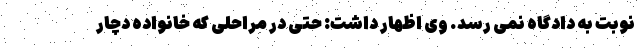
نوبت به دادگاه نمی رسد. وی اظهار داشت: حتی در مراحلی که خانواده دچار